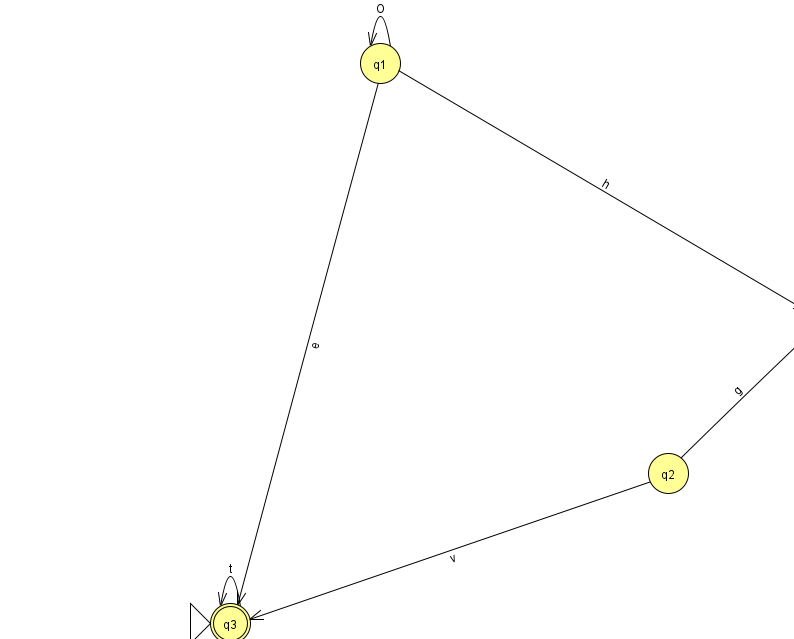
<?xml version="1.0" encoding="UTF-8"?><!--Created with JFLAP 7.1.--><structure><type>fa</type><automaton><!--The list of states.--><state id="0" name="q0"><x>822.0</x><y>310.0</y></state><state id="1" name="q1"><x>380.0</x><y>50.0</y></state><state id="2" name="q2"><x>668.0</x><y>460.0</y></state><state id="3" name="q3"><x>230.0</x><y>610.0</y><initial/><final/></state><!--The list of transitions.--><transition><from>0</from><to>0</to><read>B</read></transition><transition><from>1</from><to>3</to><read>e</read></transition><transition><from>1</from><to>0</to><read>h</read></transition><transition><from>3</from><to>3</to><read>t</read></transition><transition><from>2</from><to>0</to><read>g</read></transition><transition><from>2</from><to>3</to><read>v</read></transition><transition><from>1</from><to>1</to><read>O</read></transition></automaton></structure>